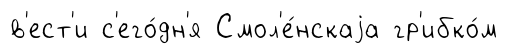
в'ест'и с'его́дн'я Смол'е́нскаjа гр'ибко́м